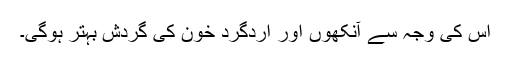
اس کی وجہ سے آنکھوں اور اردگرد خون کی گردش بہتر ہوگی۔